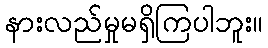
နားလည်မှုမရှိကြပါဘူး။